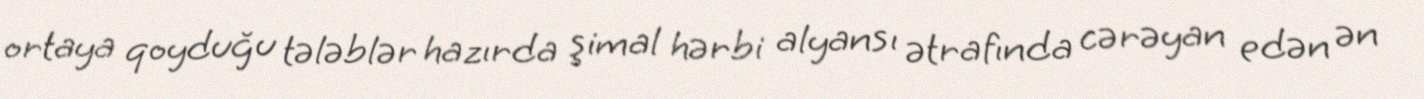
ortaya qoyduğu tələblər hazırda şimal hərbi alyansı ətrafında cərəyan edən ən